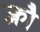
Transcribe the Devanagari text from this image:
क्लौ